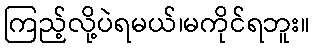
ကြည့်လို့ပဲရမယ်၊မကိုင်ရဘူး။